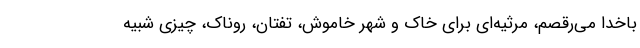
باخدا می‌رقصم، مرثیه‌ای برای خاک و شهر خاموش، تفتان، روناک، چیزی شبیه